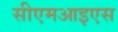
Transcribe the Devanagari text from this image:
सीएमआइएस